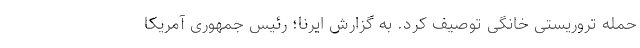
حمله تروریستی خانگی توصیف کرد. به گزارش ایرنا؛ رئیس جمهوری آمریکا